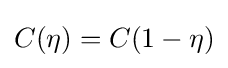
C(\eta )=C(1-\eta )